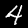
Digit: 4